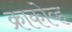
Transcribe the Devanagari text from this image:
क्राकोव्ह